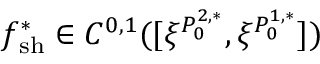
f _ { \mathrm { { s h } } } ^ { * } \in C ^ { 0 , 1 } ( [ \xi ^ { P _ { 0 } ^ { 2 , * } } , \xi ^ { P _ { 0 } ^ { 1 , * } } ] )